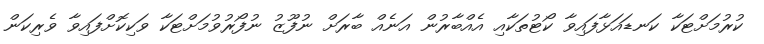
ކުރުމަށްޓަކާ ކަނޑައަޅާފައިވާ ކޯޓުތަކާއި އެއްބާރުން އަނެއް ބާރަށް ނުފޫޒު ނުފޯރުވުމަށްޓަކާ ވަކިކޮށްފައިވާ ވެރިކަން